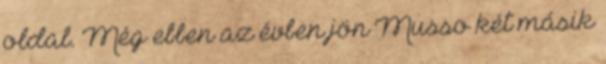
oldal. Még ebben az évben jön Musso két másik